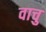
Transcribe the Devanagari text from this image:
वाचु